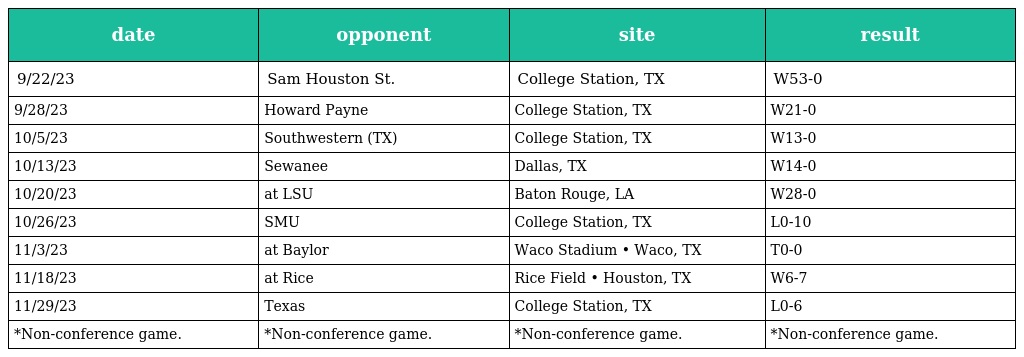
| date | opponent | site | result |
 | --- | --- | --- | --- |
 | 9/22/23 | Sam Houston St. | College Station, TX | W53-0 |
 | 9/28/23 | Howard Payne | College Station, TX | W21-0 |
 | 10/5/23 | Southwestern (TX) | College Station, TX | W13-0 |
 | 10/13/23 | Sewanee | Dallas, TX | W14-0 |
 | 10/20/23 | at LSU | Baton Rouge, LA | W28-0 |
 | 10/26/23 | SMU | College Station, TX | L0-10 |
 | 11/3/23 | at Baylor | Waco Stadium • Waco, TX | T0-0 |
 | 11/18/23 | at Rice | Rice Field • Houston, TX | W6-7 |
 | 11/29/23 | Texas | College Station, TX | L0-6 |
 | *Non-conference game. | *Non-conference game. | *Non-conference game. | *Non-conference game. |